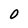
Character: 0